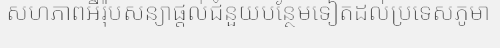
សហភាពអឺរ៉ុបសន្យាផ្តល់ជំនួយបន្ថែមទៀតដល់ប្រទេសភូមា